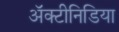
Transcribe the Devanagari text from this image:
अॅक्टीनिडिया